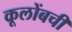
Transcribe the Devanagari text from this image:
कूलोंबची